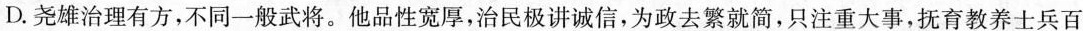
D.尧雄治理有方，不同一般武将。他品性宽厚，治民极讲诚信，为政去繁就简，只注重大事，抚育教养士兵百